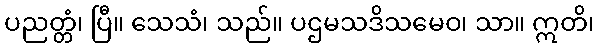
ပညတ္တံ၊ ပြီ။ သေသံ၊ သည်။ ပဌမသဒိသမေဝ၊ သာ။ ဣတိ၊